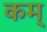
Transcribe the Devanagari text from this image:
कम्‌